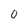
Character: 0